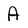
Character: A